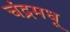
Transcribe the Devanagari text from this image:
चंद्रमधू